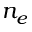
n _ { e }